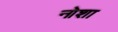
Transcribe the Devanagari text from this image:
नोशा